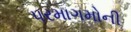
પરમાગમોની